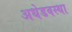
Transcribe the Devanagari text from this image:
अधेडवस्था